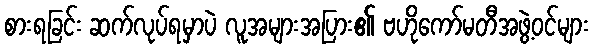
စားရခြင်း ဆက်လုပ်ရမှာပဲ လူအများအပြား၏ ဗဟိုကော်မတီအဖွဲ့ဝင်များ